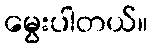
မွေးပါတယ်။